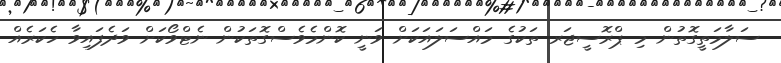
ސަލާމަތީގޮތުން މި ޕްރޮސީޖަރ ތަކުގެ މައްސަލައަކަށް ވަނީ ކޮންމެވެސްގޮތަކުން ނެޓްވޯކަށް ވަދެފައިވާ ހެކަރެއް